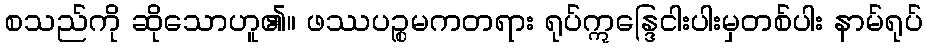
စသည်ကို ဆိုသောဟူ၏။ ဖဿပဉ္စမကတရား ရုပ်ဣန္ဒြေငါးပါးမှတစ်ပါး နာမ်ရုပ်